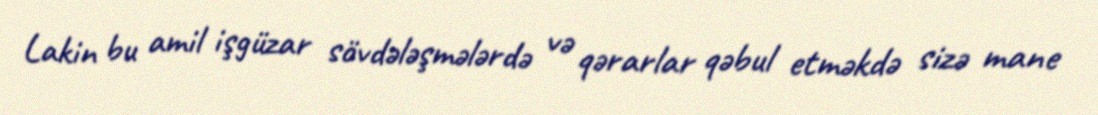
Lakin bu amil işgüzar sövdələşmələrdə və qərarlar qəbul etməkdə sizə mane